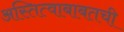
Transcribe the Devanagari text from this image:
अस्तित्वाबाबतची